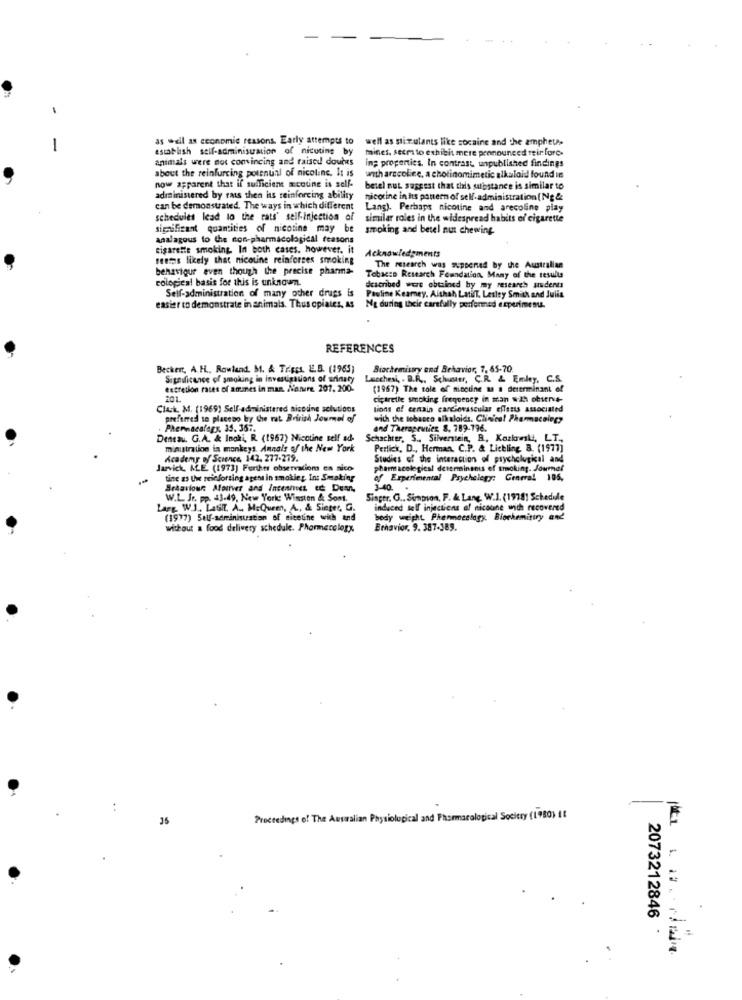
as well as economic reasons. Early attempts to
well as stir ulants like cocaine and the ampheta.
-
establish self-adminisuation of nicuting by
mines, seem to exhibit mere pronounced meir forc.
animals were not convincing and raised doures
in; properties. In contrast unpublished findings
about the reinfurcing potential of nicoline. It is
with arecolice, a cholinomimetic alkaloid found in
now apparent that if sufficient mcoune is self-
betel nut suggest that this substance is similar to
administered by raus then ius reinforcing ability
nicotine in its pattern of self-administration (Ng&
can be demonstrated. The ways in which different
Lang). Perhaps nicotine and arecolino play
schedules lead lo the cats' self-injection of
similar roles in the widespread habits of cigarette
significant quantities of nicotine may be
smoking and betel nut chewing
analagous to the non-pharmacological feasons
cigarette smoking. In both cases. however, it
Acknowledgments
seems likely that nicotine reinforces smoking
behaviour even though the precise pharma-
The research was suppened by the Australian
cological basis for this is unknown.
Tobacco Research Foundation, Many of the results
Self-administration of many other drugs is
described were obtained by my research students
Pauline Kearney, Alshah LatifT, Lesley Smith and Julia
easier to demonstrate in animals. Thus opiates, As
Mg during their carefully performed experimenu.
REFERENCES
Becker, A.H ., Rowland. M. & TripEs. E.B. (1963)
Biochemistry and Behavior, 7, 65-70
Significance of smoking in investigations of urinaty
Lucchesi, . D.R ., Schuster, C.R. & Emley, C.S.
excretion rates of amines in man. Notre. 207. 200.
(1967) The sole of ninguine as a determinant of
201.
cigarette smoking frequency in man 8:29 obserit-
Cluck. M. (1969) Self-administered nicotine solutions
lions of cenain cardiovascular effects associated
preferred to placebo by the rat British Journal of
with the tobacco alkaloids. Clinical Pharmacology
Phenacalegy, 35. 367.
and Therapeuticz 8. 789-796.
Dentau. G.A. & Ingki, R. (1967) Nicotine self ad-
Schachter, S ., Silverstein, B, Kozkrmili, LT.
ministration in monkeys. Annals of the New York
Perlick, D ., Herman, C.P. & Liebling B. (1977]
Academy of Science, 142. 277-279.
Studies of the interaction of psychological and
Jarvick, ALE. (1973) Further observation en nico
pharmacological determinanis ef smoking. Journal
tine as Uwe reseforsing agent in smokie z. In: Smaking
ehelegy: General 105,
Sraariour Mourver and Incennies et Des,
3-40
W.L. Jr. pp. 43-49, New York: Winston & Sont.
Singer. G .. Simpson, F. & Lang, W.I. (19781 Schedide
Lagg. W.J. Latilt. A ., McQueen, A ., & Sieger, G.
induced tell injections af nicoune with recovered
(1977) Self-adminisuation of sitetine with and
body weight Pharmacology. Blochemitry and
without a food delivery schedule. Phormecology
Behavior. 9. 387-389.
Proceedings of The Australian Physiological and Pharmacological Society (1980) It
2073212846